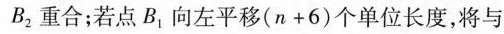
B_{2} 重合；若点B_{1} 向左平移$$( n + 6 )$$个单位长度，将与